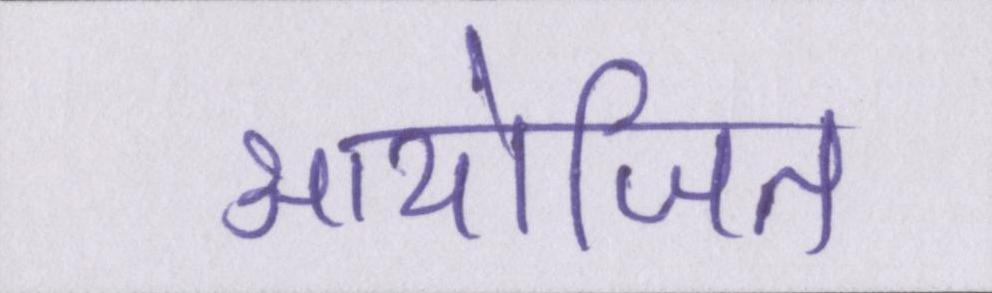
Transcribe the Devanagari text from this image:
आयोजित